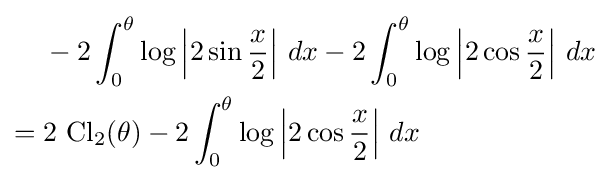
{\begin{aligned}&-2\int _{0}^{\theta }\log \left|2\sin {\frac {x}{2}}\right|\,dx-2\int _{0}^{\theta }\log \left|2\cos {\frac {x}{2}}\right|\,dx\\={}&2\,\operatorname {Cl} _{2}(\theta )-2\int _{0}^{\theta }\log \left|2\cos {\frac {x}{2}}\right|\,dx\end{aligned}}